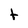
Character: t